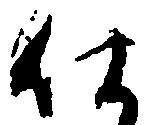
仕